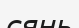
сянь